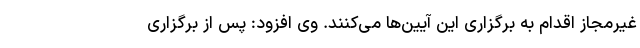
غیرمجاز اقدام به برگزاری این آیین‌ها می‌کنند. وی افزود: پس از برگزاری